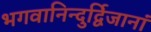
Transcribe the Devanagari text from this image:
भगवानिन्दुर्द्विजानां